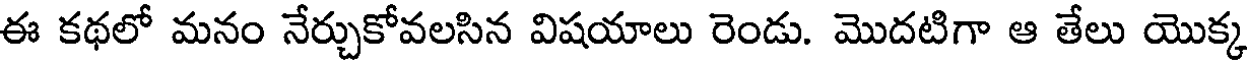
ఈ కథలో మనం నేర్చుకోవలసిన విషయాలు రెండు. మొదటిగా ఆ తేలు యొక్క